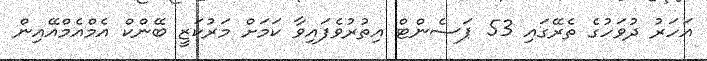
އަހަރު ދުވަހުގެ ތެރޭގައި 53 ޕަސެންޓް އިތުރުވެފައިވާ ކަމަށް މަރުކަޒީ ބޭންކް އެމްއެމްއޭއިން